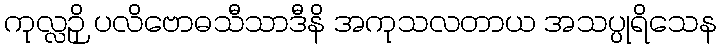
ကုလ္လဉှိ ပလိဗောဓသီသာဒီနိ အကုသလတာယ အသပ္ပုရိသေန